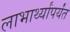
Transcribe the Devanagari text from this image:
लाभार्थ्यांपर्यंत